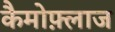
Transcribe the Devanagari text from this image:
कैमोफ़्लाज